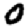
Digit: 0